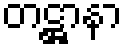
တဋ္ဌာနာ